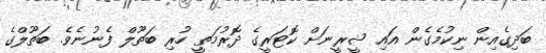
ބަދިގެއިން ނިކުމެގެން އައި ޝީރީނަށް ކޮޓަރީގެ ދޮރުމަތީ ހުރި ބަތޫލް ފެނުނެވެ. ބަތޫލްގެ